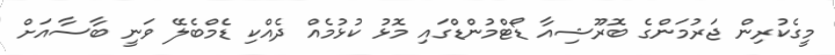
މީގެކުރިން ޖަރުމަންގެ ބޮރޫޝިއާ ޑޯޓްމުންޑްގައި މޮޅު ކުޅުމެއް ދެއްކި ޑެމްބެލޭ ވަނީ ބާސާއަށް